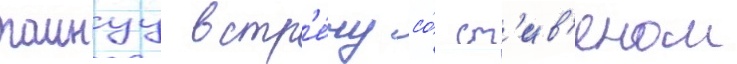
таинуу встр'е́чу со́ ст'ив'еном